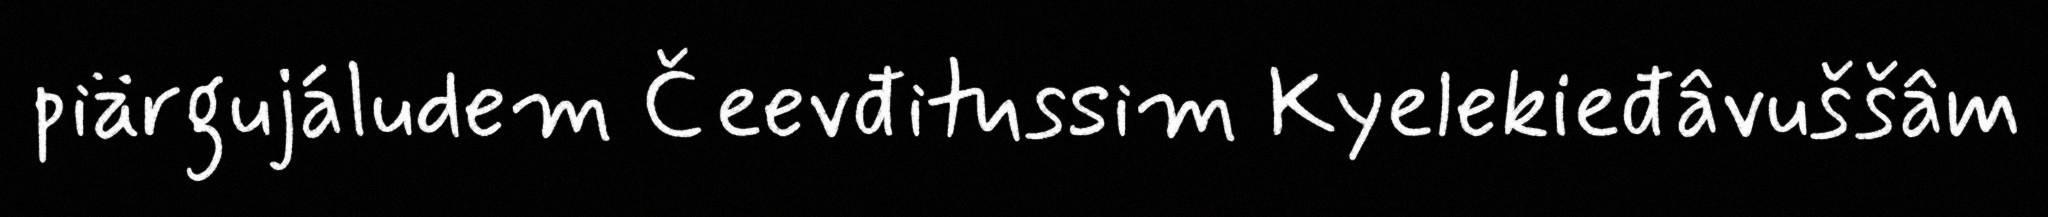
piärgujáludem Čeevđitussim Kyelekieđâvuššâm